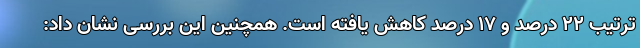
ترتیب ۲۲ درصد و ۱۷ درصد کاهش یافته است. همچنین این بررسی نشان داد: